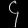
Digit: ၄